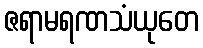
ဇရာမရဏသံယုတေ